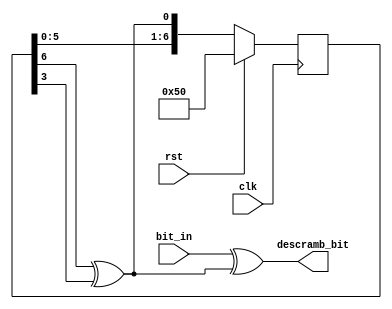
module Descrambler (
    input clk,
    input rst,
    input bit_in,
    output reg descramb_bit
);

    reg [6:0] state;
    wire feedback;

    assign feedback = (state[6] ^ state[3]);
    assign descramb_bit = (bit_in ^ feedback);

    always @(posedge clk) begin
        if (rst == 1'b1)
            state <= 7'b1010000;
        else
            state <= {state[5:0], feedback};
    end

endmodule